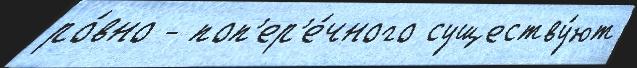
ро́вно - поп'ер'е́чного существу́ют